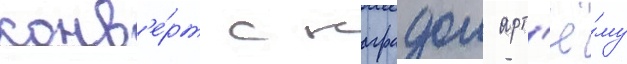
конв'е́рт с наградои арт'ё́му